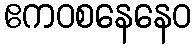
ဧကဝစနေနေဝ